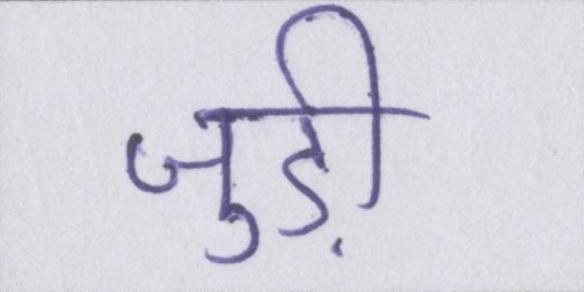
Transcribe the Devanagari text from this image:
जुड़ी